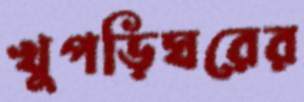
খুপড়িঘরের